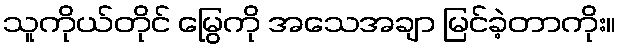
သူကိုယ်တိုင် မြွေကို အသေအချာ မြင်ခဲ့တာကိုး။